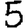
Digit: 5